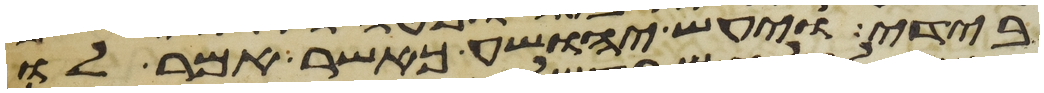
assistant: בידי ויעש יהושע כאשר אמר לו